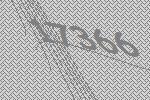
17366